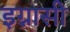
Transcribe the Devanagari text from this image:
इग्नासी